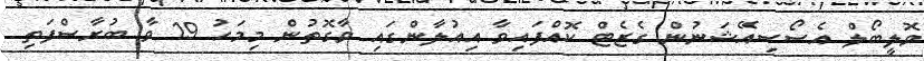
ވޮލީބޯލް އެސޯސިއޭޝަނުން ގެޒެޓް ކޮއްފައިވާ އިއުލާންގައި ވާގޮތުން މިމަހު 19 ވާ ބުރާސްފަތި